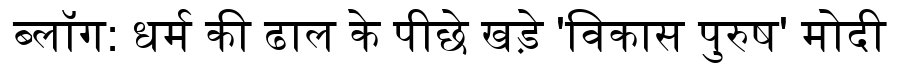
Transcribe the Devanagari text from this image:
ब्लॉग: धर्म की ढाल के पीछे खड़े 'विकास पुरुष' मोदी